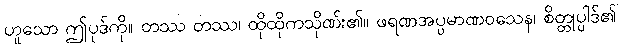
ဟူသော ဤပုဒ်ကို။ တဿ တဿ၊ ထိုထိုကသိုဏ်း၏။ ဖရဏအပ္ပမာဏဝသေန၊ စိတ္တုပ္ပါဒ်၏